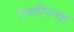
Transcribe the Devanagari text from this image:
एनबीएच्या